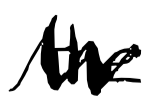
Text: the
Cross-out: mix
Writing tool: digital_black